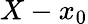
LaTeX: X-x_{0}